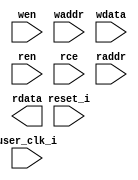

//-----------------------------------------------------------------------------
//
// (c) Copyright 2020-2024 Advanced Micro Devices, Inc. All rights reserved.
//
// This file contains confidential and proprietary information
// of AMD and is protected under U.S. and
// international copyright and other intellectual property
// laws.
//
// DISCLAIMER
// This disclaimer is not a license and does not grant any
// rights to the materials distributed herewith. Except as
// otherwise provided in a valid license issued to you by
// AMD, and to the maximum extent permitted by applicable
// law: (1) THESE MATERIALS ARE MADE AVAILABLE "AS IS" AND
// WITH ALL FAULTS, AND AMD HEREBY DISCLAIMS ALL WARRANTIES
// AND CONDITIONS, EXPRESS, IMPLIED, OR STATUTORY, INCLUDING
// BUT NOT LIMITED TO WARRANTIES OF MERCHANTABILITY, NON-
// INFRINGEMENT, OR FITNESS FOR ANY PARTICULAR PURPOSE; and
// (2) AMD shall not be liable (whether in contract or tort,
// including negligence, or under any other theory of
// liability) for any loss or damage of any kind or nature
// related to, arising under or in connection with these
// materials, including for any direct, or any indirect,
// special, incidental, or consequential loss or damage
// (including loss of data, profits, goodwill, or any type of
// loss or damage suffered as a result of any action brought
// by a third party) even if such damage or loss was
// reasonably foreseeable or AMD had been advised of the
// possibility of the same.
//
// CRITICAL APPLICATIONS
// AMD products are not designed or intended to be fail-
// safe, or for use in any application requiring fail-safe
// performance, such as life-support or safety devices or
// systems, Class III medical devices, nuclear facilities,
// applications related to the deployment of airbags, or any
// other applications that could lead to death, personal
// injury, or severe property or environmental damage
// (individually and collectively, "Critical
// Applications"). Customer assumes the sole risk and
// liability of any use of AMD products in Critical
// Applications, subject only to applicable laws and
// regulations governing limitations on product liability.
//
// THIS COPYRIGHT NOTICE AND DISCLAIMER MUST BE RETAINED AS
// PART OF THIS FILE AT ALL TIMES.
//
//-----------------------------------------------------------------------------
// Project    : Series-7 Integrated Block for PCI Express
// Version    : 3.3
//  Description : pcie bram wrapper
//                arrange and connect brams
//                implement address decoding, datapath muxing and pipeline stages
//
//                banks of brams are used for 1,2,4,8,18 brams
//                brams are stacked for other values of NUM_BRAMS
//
//-----------------------------------------------------------------------------

`timescale 1ps/1ps

(* DowngradeIPIdentifiedWarnings = "yes" *)
module pcie_7x_0_pcie_brams_7x
#(
  parameter [3:0]  LINK_CAP_MAX_LINK_SPEED = 4'h1,        // PCIe Link Speed : 1 - 2.5 GT/s; 2 - 5.0 GT/s
  parameter [5:0]  LINK_CAP_MAX_LINK_WIDTH = 6'h08,       // PCIe Link Width : 1 / 2 / 4 / 8
  parameter IMPL_TARGET             = "HARD",             // the implementation target : HARD, SOFT

  // the number of BRAMs to use
  // supported values are:
  // 1,2,4,8,18
  parameter NUM_BRAMS               = 0,

  // BRAM read address latency
  //
  // value     meaning
  // ====================================================
  //   0       BRAM read address port sample
  //   1       BRAM read address port sample and a pipeline stage on the address port
  parameter RAM_RADDR_LATENCY   = 1,

  // BRAM read data latency
  //
  // value     meaning
  // ====================================================
  //   1       no BRAM OREG
  //   2       use BRAM OREG
  //   3       use BRAM OREG and a pipeline stage on the data port
  parameter RAM_RDATA_LATENCY   = 1,

  // BRAM write latency
  // The BRAM write port is synchronous
  //
  // value     meaning
  // ====================================================
  //   0       BRAM write port sample
  //   1       BRAM write port sample plus pipeline stage
  parameter RAM_WRITE_LATENCY       = 1,
  parameter TCQ           = 1 // synthesis warning removed: parameter declaration becomes local
)
(
  input          user_clk_i,
  input          reset_i,

  input          wen,
  input  [12:0]  waddr,
  input  [71:0]  wdata,
  input          ren,
  input          rce,
  input  [12:0]  raddr,
  output [71:0]  rdata
  );

  // turn on the bram output register
  localparam DOB_REG = (RAM_RDATA_LATENCY > 1) ? 1 : 0;

  // calculate the data width of the individual brams
  localparam [6:0] WIDTH = ((NUM_BRAMS == 1) ? 72 :
                            (NUM_BRAMS == 2) ? 36 :
                            (NUM_BRAMS == 4) ? 18 :
                            (NUM_BRAMS == 8) ?  9 :
                                                4
                           );

//  parameter TCQ           = 1;

  wire        wen_int;
  wire [12:0] waddr_int;
  wire [71:0] wdata_int;

  wire        ren_int;
  wire [12:0] raddr_int;
  wire [71:0] rdata_int;

  //synthesis translate_off
  initial
  begin
    $display("[%t] %m NUM_BRAMS %0d  DOB_REG %0d WIDTH %0d RAM_WRITE_LATENCY %0d RAM_RADDR_LATENCY %0d RAM_RDATA_LATENCY %0d",
    $time, NUM_BRAMS, DOB_REG, WIDTH, RAM_WRITE_LATENCY, RAM_RADDR_LATENCY, RAM_RDATA_LATENCY);

    case (NUM_BRAMS)
      1,2,4,8,18:;
      default:
        begin
           $display("[%t] %m Error NUM_BRAMS %0d not supported", $time, NUM_BRAMS);
           $finish;
        end
    endcase // case(NUM_BRAMS)

    case (RAM_RADDR_LATENCY)
      0,1:;
      default:
        begin
           $display("[%t] %m Error RAM_READ_LATENCY %0d not supported", $time, RAM_RADDR_LATENCY);
           $finish;
        end
    endcase // case (RAM_RADDR_LATENCY)

    case (RAM_RDATA_LATENCY)
      1,2,3:;
      default:
        begin
           $display("[%t] %m Error RAM_READ_LATENCY %0d not supported", $time, RAM_RDATA_LATENCY);
           $finish;
        end
    endcase // case (RAM_RDATA_LATENCY)

    case (RAM_WRITE_LATENCY)
      0,1:;
      default:
        begin
           $display("[%t] %m Error RAM_WRITE_LATENCY %0d not supported", $time, RAM_WRITE_LATENCY);
           $finish;
        end
    endcase // case(RAM_WRITE_LATENCY)

  end
  //synthesis translate_on

  // model the delays for ram write latency

  generate if (RAM_WRITE_LATENCY == 1) begin : wr_lat_2
   reg        wen_q;
   reg [12:0] waddr_q;
   reg [71:0] wdata_q;

    always @(posedge user_clk_i) begin
      if (reset_i)
      begin
        wen_q   <= #TCQ 1'b0;
        waddr_q <= #TCQ 13'b0;
      // Disable Reset on Data Path @ BRAM i/f as I/O come from PCIe HB.
      //  wdata_q <= #TCQ 72'b0;
      end 
      else 
      begin
        wen_q   <= #TCQ wen;
        waddr_q <= #TCQ waddr;
        wdata_q <= #TCQ wdata;
      end
    end

    assign wen_int   = wen_q;
    assign waddr_int = waddr_q;
    assign wdata_int = wdata_q;
  end // if (RAM_WRITE_LATENCY == 1)

  else if (RAM_WRITE_LATENCY == 0) begin : wr_lat_1
    assign wen_int   = wen;
    assign waddr_int = waddr;
    assign wdata_int = wdata;
  end
  endgenerate

  // model the delays for ram read latency

  generate if (RAM_RADDR_LATENCY == 1) begin : raddr_lat_2
    reg        ren_q;
    reg [12:0] raddr_q;

    always @(posedge user_clk_i) begin
      if (reset_i)
      begin
        ren_q   <= #TCQ 1'b0;
        raddr_q <= #TCQ 13'b0;
      end
      else
      begin
        ren_q   <= #TCQ ren;
        raddr_q <= #TCQ raddr;
      end // else: !if(reset_i)
    end

    assign ren_int   = ren_q;
    assign raddr_int = raddr_q;
  end // block: rd_lat_addr_2

  else begin : raddr_lat_1
    assign ren_int   = ren;
    assign raddr_int = raddr;
  end
  endgenerate

  generate if (RAM_RDATA_LATENCY == 3) begin : rdata_lat_3
    reg [71:0] rdata_q;

    always @(posedge user_clk_i) begin
      // Disable Reset on Data Path @ BRAM i/f as I/O come from PCIe HB.
      //if (reset_i)
      //begin
      //  rdata_q <= #TCQ 72'b0;
      //end
      //else
      //begin
        rdata_q <= #TCQ rdata_int;
      //end // else: !if(reset_i)
    end

    assign rdata     = rdata_q;

  end // block: rd_lat_data_3

  else begin : rdata_lat_1_2
    assign rdata     = rdata_int;
  end
  endgenerate

  // instantiate the brams
  generate
    genvar ii;
    for (ii = 0; ii < NUM_BRAMS; ii = ii + 1) begin : brams
pcie_7x_0_pcie_bram_7x #(
        .LINK_CAP_MAX_LINK_WIDTH(LINK_CAP_MAX_LINK_WIDTH),
        .LINK_CAP_MAX_LINK_SPEED(LINK_CAP_MAX_LINK_SPEED),
        .IMPL_TARGET      (IMPL_TARGET),
        .DOB_REG          (DOB_REG),
        .WIDTH            (WIDTH)
      )
      ram (
        .user_clk_i(user_clk_i),
        .reset_i(reset_i),
        .wen_i(wen_int),
        .waddr_i(waddr_int),
        .wdata_i(wdata_int[(((ii + 1) * WIDTH) - 1): (ii * WIDTH)]),
        .ren_i(ren_int),
        .raddr_i(raddr_int),
        .rdata_o(rdata_int[(((ii + 1) * WIDTH) - 1): (ii * WIDTH)]),
        .rce_i(rce)
      );
    end
  endgenerate

endmodule // pcie_brams_7x